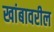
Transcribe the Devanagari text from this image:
खांबावरील